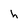
Character: h